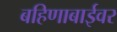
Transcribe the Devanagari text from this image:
बहिणाबाईवर